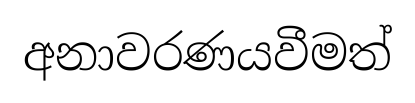
අනාවරණයවීමත්